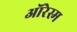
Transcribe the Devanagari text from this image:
ऑरेस्म